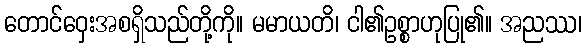
တောင်ဝှေးအစရှိသည်တို့ကို။ မမာယတိ၊ ငါ၏ဥစ္စာဟုပြု၏။ အညဿ၊